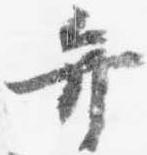
弁